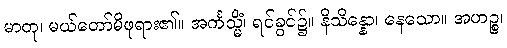
မာတု၊ မယ်တော်မိဖုရား၏။ အင်္ကသ္မိံ၊ ရင်ခွင်၌။ နိသိန္နော၊ နေသော။ အဟဉ္စ၊